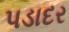
પડાદર